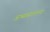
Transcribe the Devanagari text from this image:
अभ्यासातल्या